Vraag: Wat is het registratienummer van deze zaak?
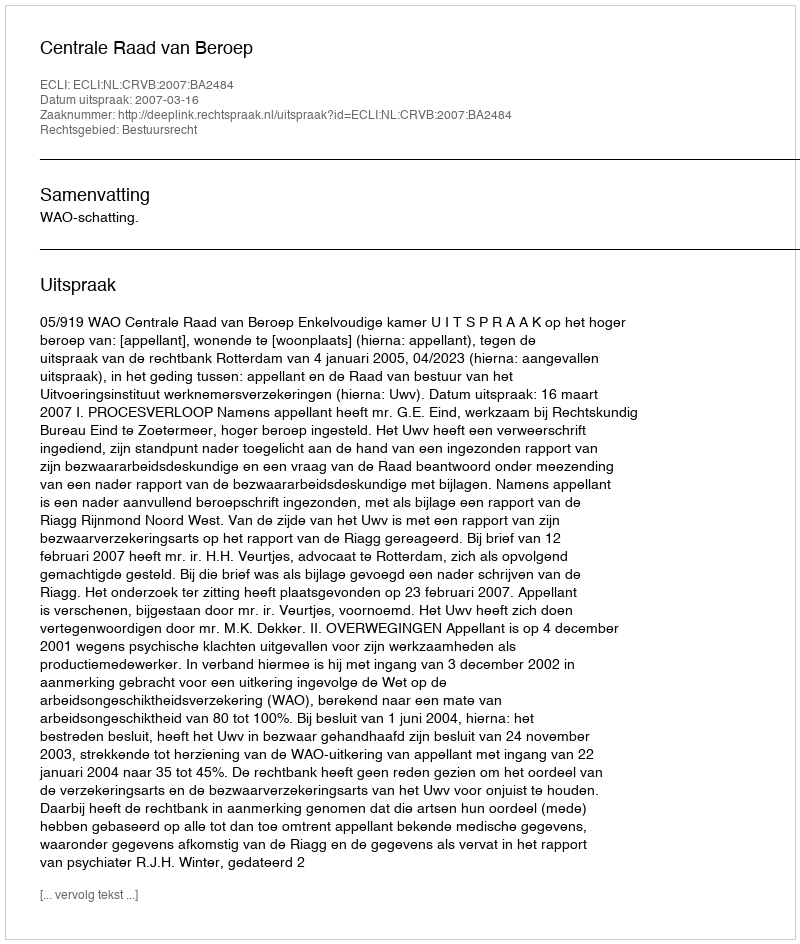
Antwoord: http://deeplink.rechtspraak.nl/uitspraak?id=ECLI:NL:CRVB:2007:BA2484